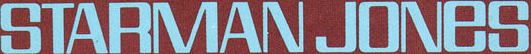
STARMAN JONES